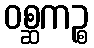
ဝစ္ဆကဉ္စ